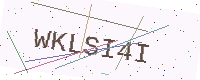
Text: WKLSI4I